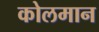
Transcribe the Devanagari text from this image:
कोलमान